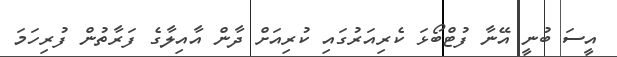
އީސަ ބުނީ އޭނާ ފުޓްބޯޅަ ކެރިއަރުގައި ކުރިއަށް ދާން އާއިލާގެ ފަރާތުން ފުރިހަމަ